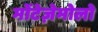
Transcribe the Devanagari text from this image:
मोंटेज़ेमोलो